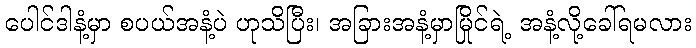
ပေါင်ဒါနံ့မှာ စပယ်အနံ့ပဲ ဟုသိပြီး၊ အခြားအနံ့မှာမြိုင်ရဲ့ အနံ့လို့ခေါ်ရမလား